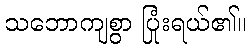
သဘောကျစွာ ပြုံးရယ်၏။